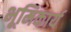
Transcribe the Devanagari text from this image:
भूमिकार्य